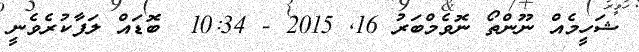
ޝަހީމެއް ނޫންތޯ ނޮވެމްބަރު 16